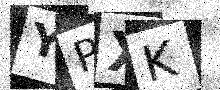
Text: YPXK